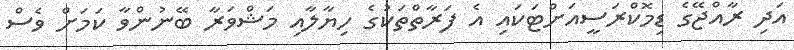
އަދި ރާއްޖޭގެ ޑިމޮކްރަސީއަށްޓަކައި އެ ފަރާތްތަކުގެ ހިޔާލާއި މަޝްވަރާ ބޭނުންވާ ކަމަށް ވެސް